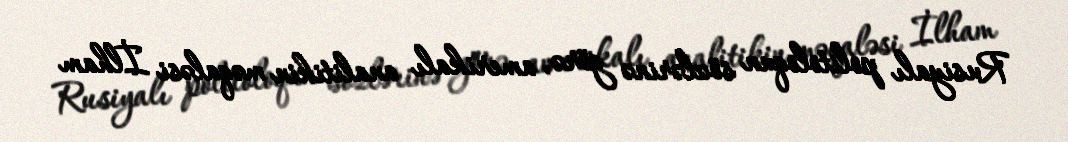
Rusiyalı politoloqun sözlərinə görə, amerikalı analitikin məqaləsi İlham